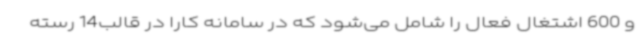
و 600 اشتغال فعال را شامل می‌شود که در سامانه کارا در قالب14 رسته